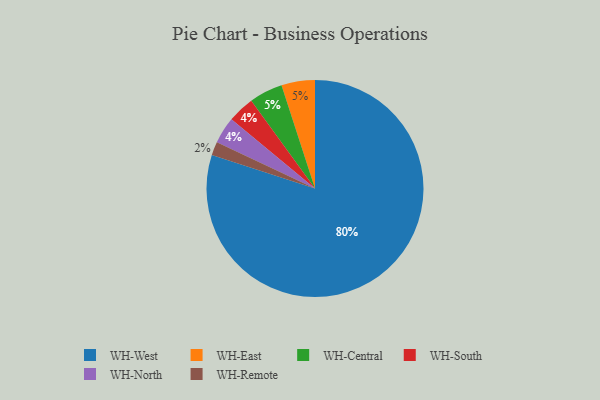
{"axis": {"x": "Category", "y": "Percentage"}, "legend": ["WH-Central", "WH-East", "WH-North", "WH-Remote", "WH-South", "WH-West"], "data": [{"x": "WH-West", "y": 80, "type": "WH-West"}, {"x": "WH-East", "y": 5, "type": "WH-East"}, {"x": "WH-Remote", "y": 2, "type": "WH-Remote"}, {"x": "WH-South", "y": 4, "type": "WH-South"}, {"x": "WH-Central", "y": 5, "type": "WH-Central"}, {"x": "WH-North", "y": 4, "type": "WH-North"}]}